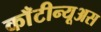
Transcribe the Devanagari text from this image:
काँटीन्यूअस